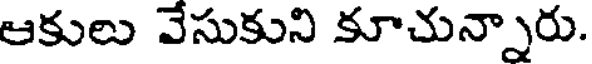
ఆకులు వేసుకుని కూచున్నారు.